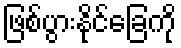
ဖြစ်ပွားနိုင်ခြေကို